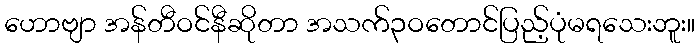
ဟောဗျာ အန်တီဝင်နီဆိုတာ အသက်၃ဝတောင်ပြည့်ပုံမရသေးဘူး။